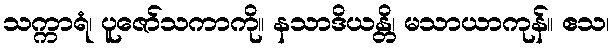
သက္ကာရံ၊ ပူဇော်သကာကို။ နသာဒိယန္တိ၊ မသာယာကုန်။ ဧသ၊